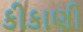
કીકાણી